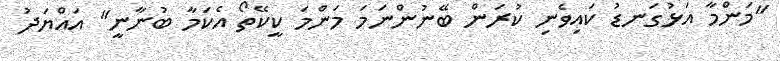
"މަންމާ އަޅުގަނޑު ކައިވެނި ކުރަން ބޭނުންނަމަ މަންމަ ކީކޭތޯ އެކަމާ ބުނާނީ" އައްޔަދު